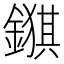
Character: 𮢺